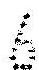
6